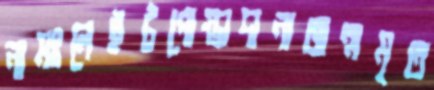
নামঃলেইটপোস্তাদানাজন্মমৃত